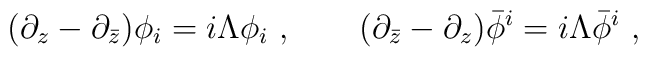
(\partial _{z} - \partial _{\bar{z}})\phi _{i}=i\Lambda \phi _{i}\ ,\qquad(\partial_{\bar{z}} - \partial _{z})\bar{\phi}^{i}= i\Lambda\bar{\phi}^{i}  \ ,